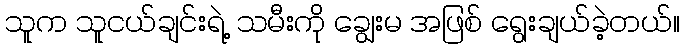
သူက သူငယ်ချင်းရဲ့ သမီးကို ချွေးမ အဖြစ် ရွေးချယ်ခဲ့တယ်။